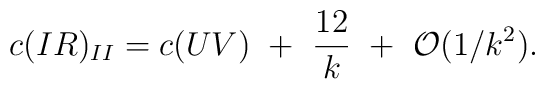
c(IR)_{II}=c(UV)~+~{12\over k}~+~{\cal O}(1/k^2).